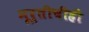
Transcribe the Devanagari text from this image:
मूर्तीचीही